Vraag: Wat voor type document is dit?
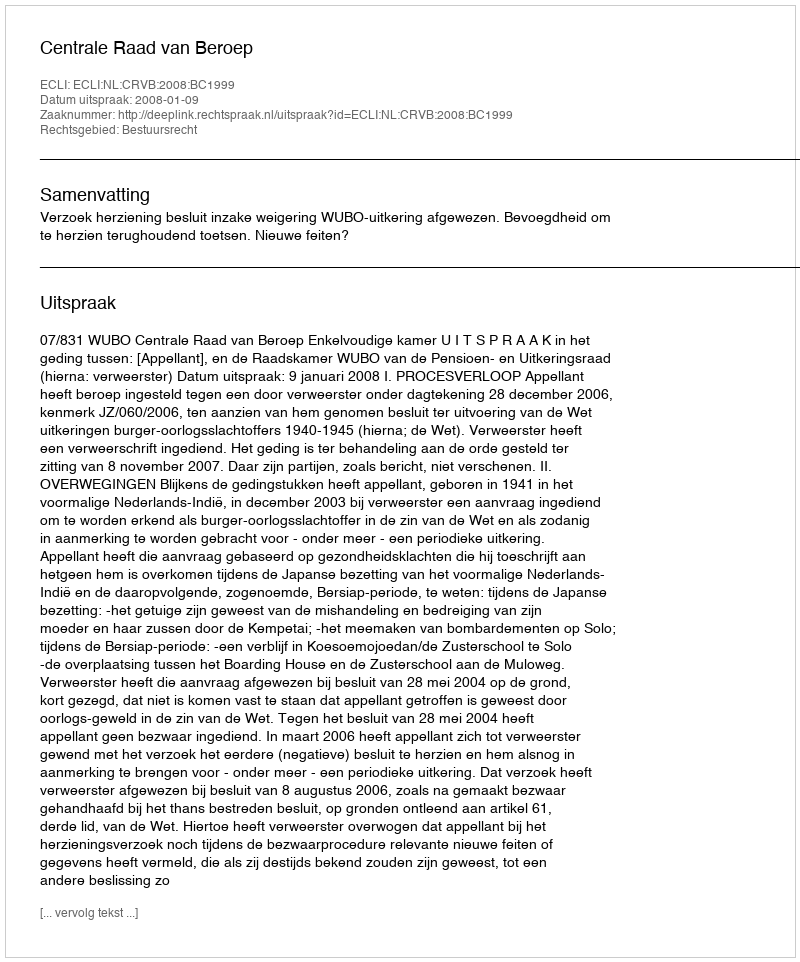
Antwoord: Uitspraak